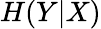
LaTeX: H(Y|X)